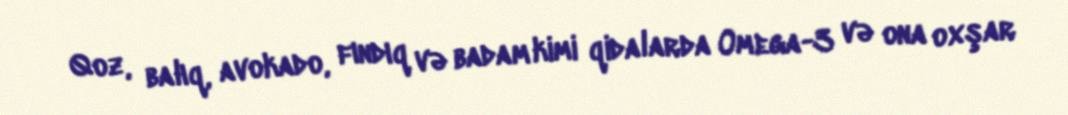
Qoz, balıq, avokado, fındıq və badam kimi qidalarda Omega-3 və ona oxşar